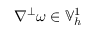
\nabla ^ { \perp } \omega \in \mathbb { V } _ { h } ^ { 1 }